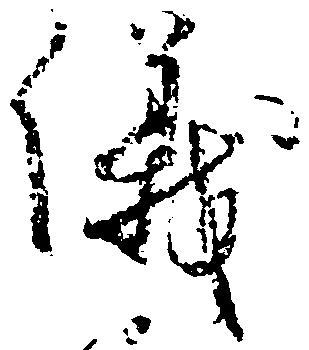
儀